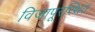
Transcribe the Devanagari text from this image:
विजापूरस्थित